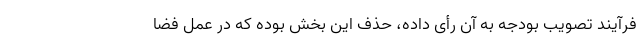
فرآیند تصویب بودجه به آن رأی داده، حذف این بخش بوده که در عمل فضا